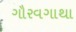
ગૌરવગાથા